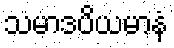
သမာဒပိယမာနံ